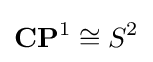
\mathbf {CP} ^{1}\cong S^{2}